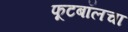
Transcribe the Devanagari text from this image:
फूटबॉलचा